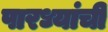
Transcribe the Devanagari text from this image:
पारध्यांची